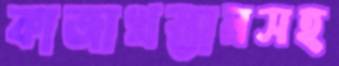
কাজাখস্তানসহ